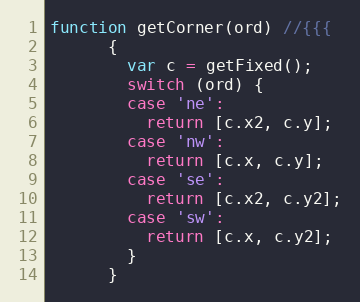
Language: JavaScript
function getCorner(ord) //{{{
      {
        var c = getFixed();
        switch (ord) {
        case 'ne':
          return [c.x2, c.y];
        case 'nw':
          return [c.x, c.y];
        case 'se':
          return [c.x2, c.y2];
        case 'sw':
          return [c.x, c.y2];
        }
      }